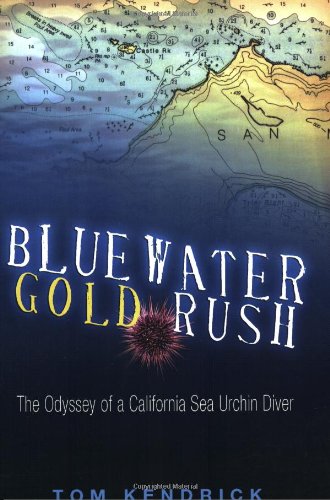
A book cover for Bluewater Gold Rush: The Odyssey of a California Sea Urchin Diver; Tom Kendrick; Sports & Outdoors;